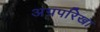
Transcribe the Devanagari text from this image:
अग्रपरिखा